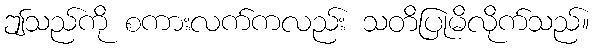
ဤသည်ကို စကားလက်ကလည်း သတိပြုမိလိုက်သည်။